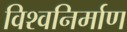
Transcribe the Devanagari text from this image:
विश्वनिर्माण